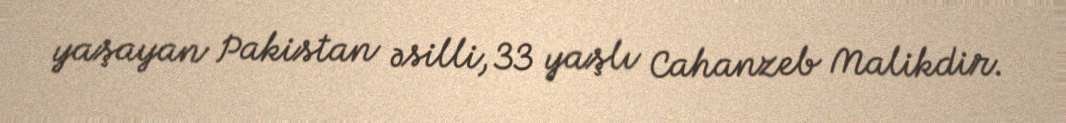
yaşayan Pakistan əsilli, 33 yaşlı Cahanzeb Malikdir.